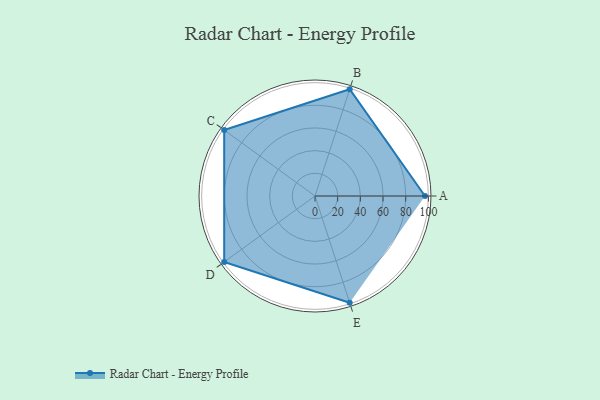
{"axis": {"x": "Skill", "y": "Score"}, "legend": ["Profile"], "data": [{"x": "A", "y": 97.0, "type": "Profile"}, {"x": "B", "y": 99.0, "type": "Profile"}, {"x": "C", "y": 99, "type": "Profile"}, {"x": "D", "y": 99, "type": "Profile"}, {"x": "E", "y": 99, "type": "Profile"}]}